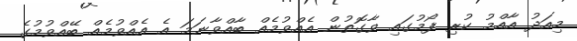
މިއަދު އާއްމު ކުރި ފޯމުގައި ވާގޮތުން އެއްވުމެއް ބާއްވާނަމަ އެ އެއްވުމެއް ބޭއްވުމުގެ